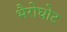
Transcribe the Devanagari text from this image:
भैरोघोट